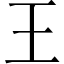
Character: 王